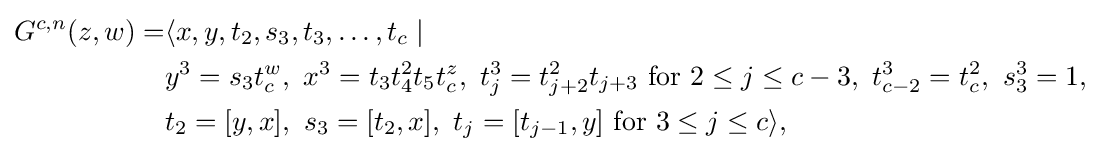
{\begin{aligned}G^{c,n}(z,w)=&\langle x,y,t_{2},s_{3},t_{3},\ldots ,t_{c}\mid {}\\&y^{3}=s_{3}t_{c}^{w},\ x^{3}=t_{3}t_{4}^{2}t_{5}t_{c}^{z},\ t_{j}^{3}=t_{j+2}^{2}t_{j+3}{\text{ for }}2\leq j\leq c-3,\ t_{c-2}^{3}=t_{c}^{2},\ s_{3}^{3}=1,\\&t_{2}=[y,x],\ s_{3}=[t_{2},x],\ t_{j}=[t_{j-1},y]{\text{ for }}3\leq j\leq c\rangle ,\end{aligned}}